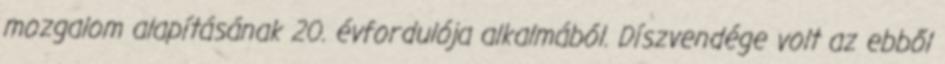
mozgalom alapításának 20. évfordulója alkalmából. Díszvendége volt az ebből